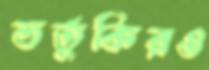
ভর্তুকিরও